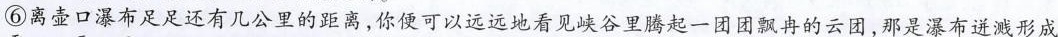
⑥离壶口瀑布足足还有几公里的距离，你便可以远远地看见峡谷里腾起一团团飘冉的云团，那是瀑布迸溅形成